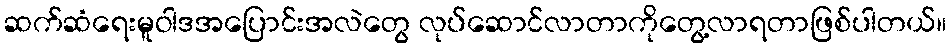
ဆက်ဆံရေးမူဝါဒအပြောင်းအလဲတွေ လုပ်ဆောင်လာတာကိုတွေ့လာရတာဖြစ်ပါတယ်။